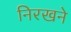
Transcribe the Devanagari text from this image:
निरखने